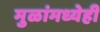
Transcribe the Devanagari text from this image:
मुळांमध्येही